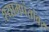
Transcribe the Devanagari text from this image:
श्यामपंतांवर